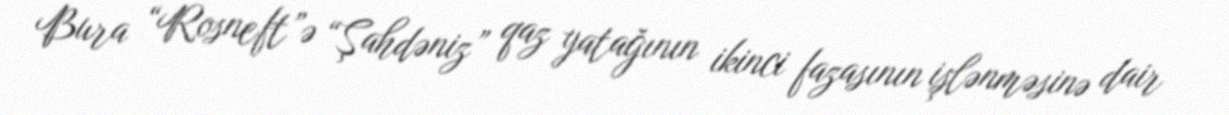
Bura “Rosneft”ə “Şahdəniz” qaz yatağının ikinci fazasının işlənməsinə dair